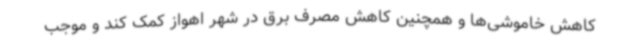
کاهش خاموشی‌ها و همچنین کاهش مصرف برق در شهر اهواز کمک کند و موجب